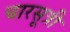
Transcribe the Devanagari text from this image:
चारसूत्री